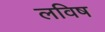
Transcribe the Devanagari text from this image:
लविष